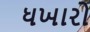
ધખારો